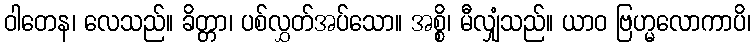
ဝါတေန၊ လေသည်။ ခိတ္တာ၊ ပစ်လွှတ်အပ်သော။ အစ္စိ၊ မီလျှံသည်။ ယာဝ ဗြဟ္မလောကာပိ၊